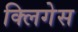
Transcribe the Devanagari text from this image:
क्लिगेस